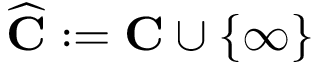
{ \widehat { \mathbf { C } } } : = \mathbf { C } \cup \{ \infty \}